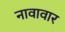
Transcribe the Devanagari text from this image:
नावावार